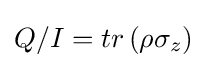
Q/I=tr\left(\rho \sigma _{z}\right)